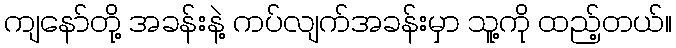
ကျနော်တို့ အခန်းနဲ့ ကပ်လျက်အခန်းမှာ သူ့ကို ထည့်တယ်။